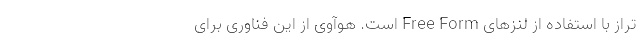
تراز با استفاده از لنزهای Free Form است. هوآوی از این فناوری برای